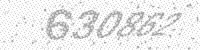
Solution: 630862